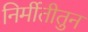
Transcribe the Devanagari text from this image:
निर्मीतीतुन